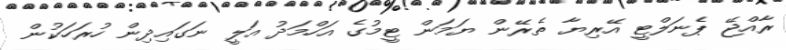
ރާއްޖޭ ޕެނަލްޓީ އޭރިޔާ ތެރޭން ޔަމަން ޓީމުގެ އަހްމަދު އަލީ ނަގައިދިން ހުރަހަކުން